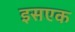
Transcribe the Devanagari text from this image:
इसएक